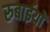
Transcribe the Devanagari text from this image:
रुबाईयों